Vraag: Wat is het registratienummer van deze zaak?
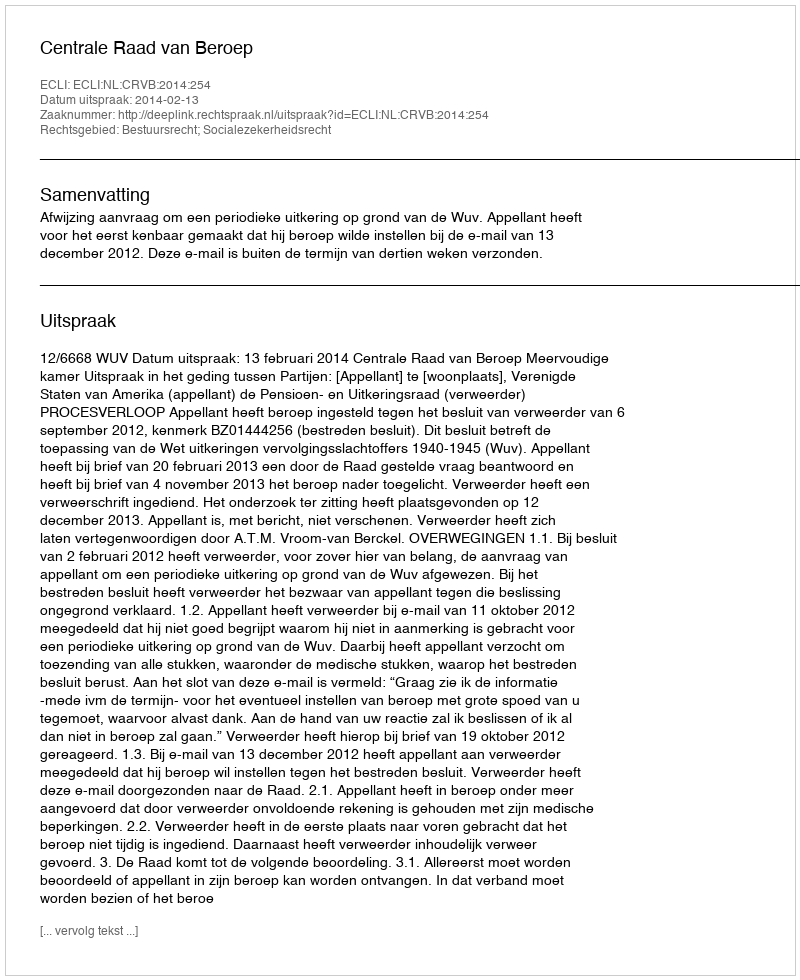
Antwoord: http://deeplink.rechtspraak.nl/uitspraak?id=ECLI:NL:CRVB:2014:254